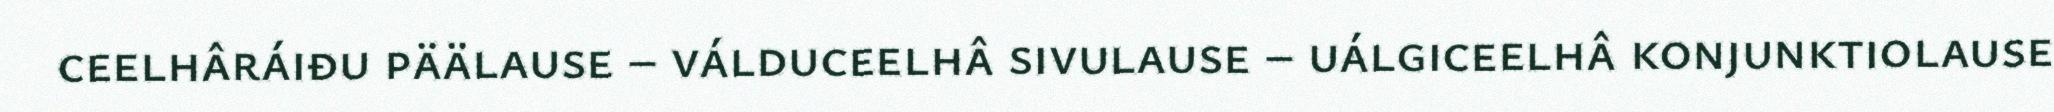
ceelhâráiđu päälause – válduceelhâ sivulause – uálgiceelhâ konjunktiolause